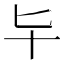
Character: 𠤏